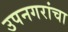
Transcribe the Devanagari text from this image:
उपनगरांचा